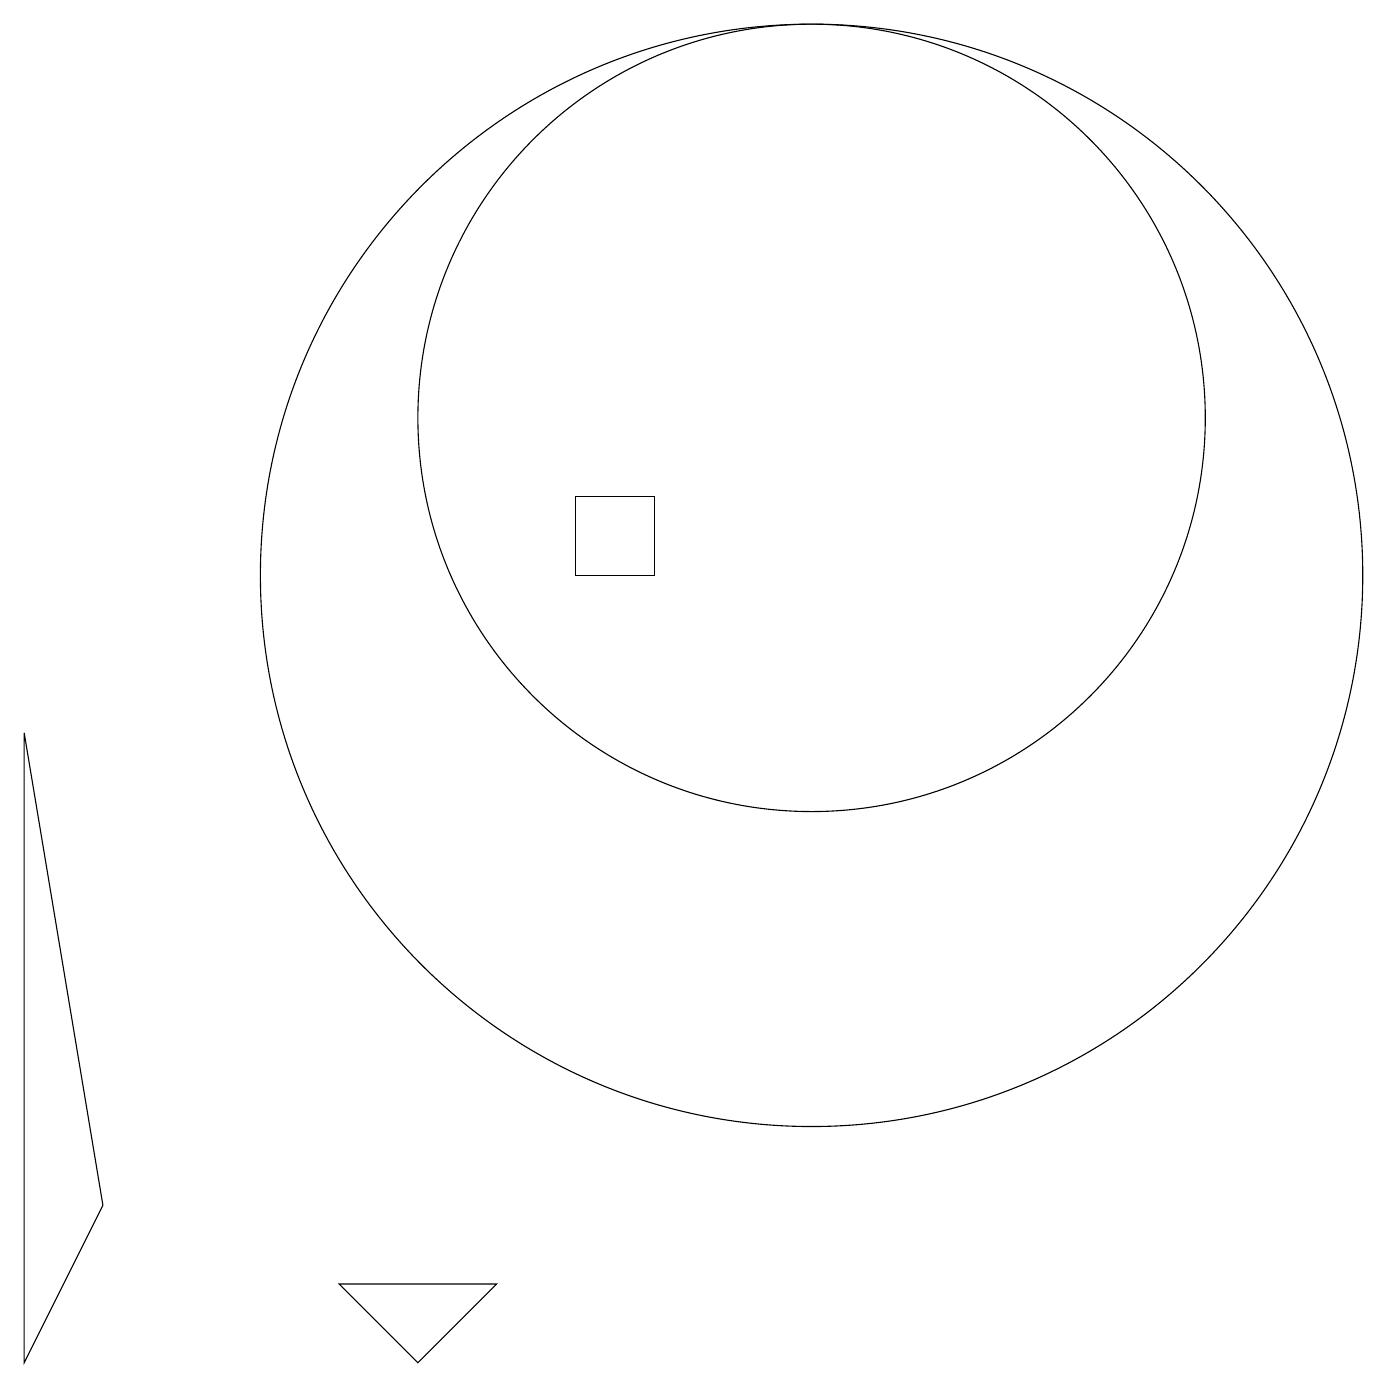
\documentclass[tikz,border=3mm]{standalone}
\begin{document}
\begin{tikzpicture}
\draw (6,1) -- (5,0) -- (4,1) -- cycle;
\draw (1,2) -- (0,8) -- (0,0) -- cycle;
\draw (10,12) circle (5);
\draw (10,10) circle (7);
\draw (7,11) rectangle (8,10);
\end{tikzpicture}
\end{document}